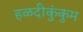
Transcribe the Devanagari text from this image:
हळदीकुंकुम